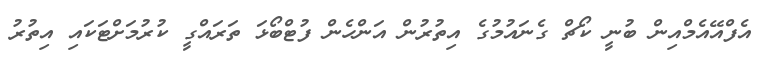
އެފްއޭއެމްއިން ބުނީ ކޯޗް ގެނައުމުގެ އިތުރުން އަންހެން ފުޓްބޯޅަ ތަރައްގީ ކުރުމަށްޓަކައި އިތުރު